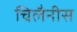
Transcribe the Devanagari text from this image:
चिलैनीस